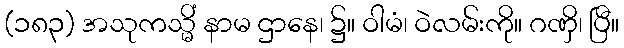
(၁၈၃) အသုကသ္မိံ နာမ ဌာနေ၊ ၌။ ဝါမံ၊ ဝဲလမ်းကို။ ဂဏှိ၊ ပြီ။